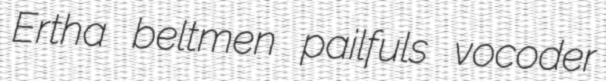
Ertha beltmen pailfuls vocoder